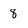
Character: 8